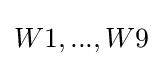
{W1,...,W9}